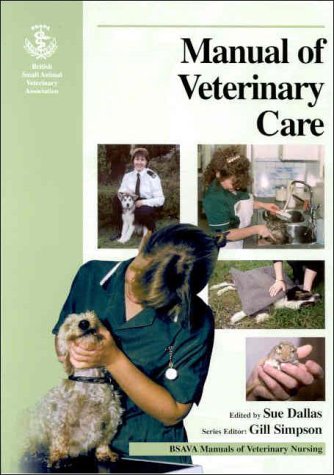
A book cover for BSAVA Manual of Veterinary Care; Medical Books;